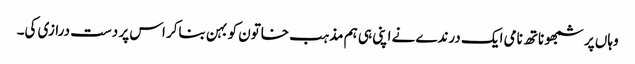
وہاں پر شمبھو ناتھ نامی ایک درندے نے اپنی ہی ہم مذہب خاتون کو بہن بناکر اس پر دست درازی کی۔